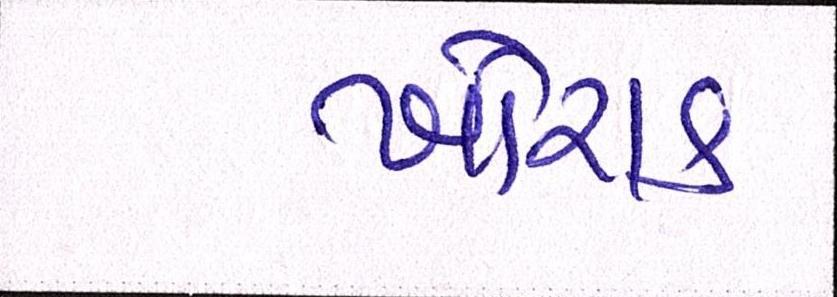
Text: ખોરાક